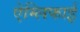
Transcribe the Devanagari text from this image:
ऐम्लिफाई